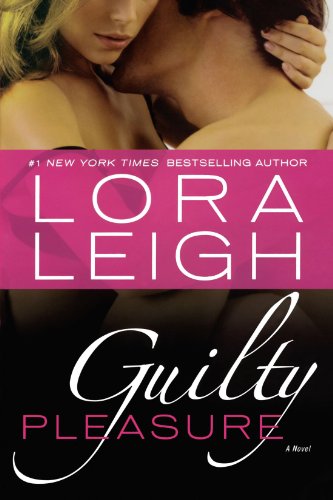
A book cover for Guilty Pleasure (Bound Hearts, Book 11); Lora Leigh; Romance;